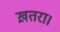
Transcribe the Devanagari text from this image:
ख़तरा।